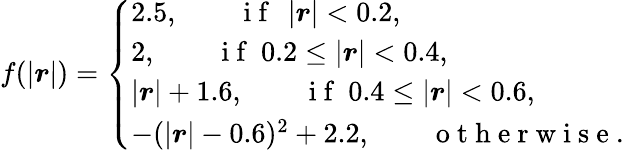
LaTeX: f(\left|\boldsymbol{r}\right|)=\left\{ \begin{array}{ll}{2.5,\qquad\mathrm{~i~f~}\ \left|\boldsymbol{r}\right|<0.2,}\\ {2,\qquad\mathrm{~i~f~}\ 0.2\le\left|\boldsymbol{r}\right|<0.4,}\\ {\left|\boldsymbol{r}\right|+1.6,\qquad\mathrm{~i~f~}\ 0.4\le\left|\boldsymbol{r}\right|<0.6,}\\ {-(\left|\boldsymbol{r}\right|-0.6)^{2}+2.2,\qquad\mathrm{~o~t~h~e~r~w~i~s~e~}.}\end{array}\right.